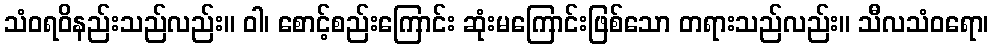
သံဝရဝိနည်းသည်လည်း။ ဝါ၊ စောင့်စည်းကြောင်း ဆုံးမကြောင်းဖြစ်သော တရားသည်လည်း။ သီလသံဝရော၊